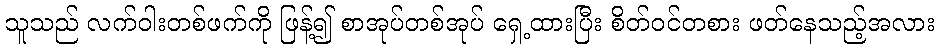
သူသည် လက်ဝါးတစ်ဖက်ကို ဖြန့်၍ စာအုပ်တစ်အုပ် ရှေ့ထားပြီး စိတ်ဝင်တစား ဖတ်နေသည့်အလား